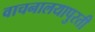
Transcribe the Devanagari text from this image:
वाचनालयापुरती